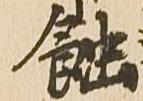
蝕